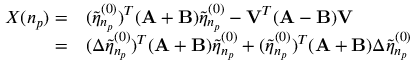
\begin{array} { r l } { X ( n _ { p } ) = } & { { } ( \tilde { \eta } _ { n _ { p } } ^ { ( 0 ) } ) ^ { T } ( \mathbf { A } + \mathbf { B } ) \tilde { \eta } _ { n _ { p } } ^ { ( 0 ) } - \mathbf { V } ^ { T } ( \mathbf { A } - \mathbf { B } ) \mathbf { V } } \\ { = } & { { } ( \Delta \tilde { \eta } _ { n _ { p } } ^ { ( 0 ) } ) ^ { T } ( \mathbf { A } + \mathbf { B } ) \tilde { \eta } _ { n _ { p } } ^ { ( 0 ) } + ( \tilde { \eta } _ { n _ { p } } ^ { ( 0 ) } ) ^ { T } ( \mathbf { A } + \mathbf { B } ) \Delta \tilde { \eta } _ { n _ { p } } ^ { ( 0 ) } } \end{array}